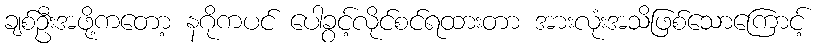
ချစ်ဦးအဖို့ကတော့ နဂိုကပင် ပေါခွင့်လိုင်စင်ရထားတာ အားလုံးအသိဖြစ်သောကြောင့်